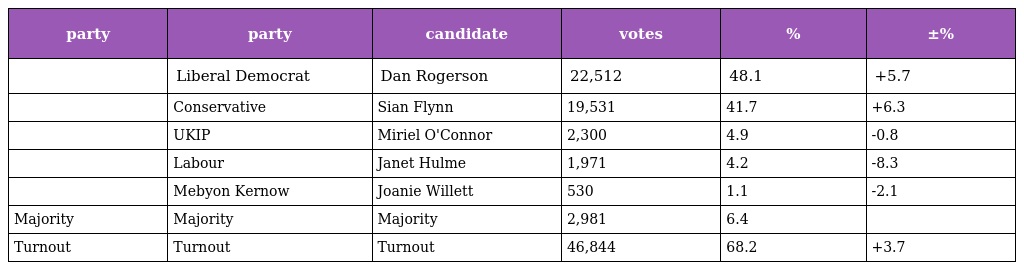
| party | party | candidate | votes | % | ±% |
 | --- | --- | --- | --- | --- | --- |
 |  | Liberal Democrat | Dan Rogerson | 22,512 | 48.1 | +5.7 |
 |  | Conservative | Sian Flynn | 19,531 | 41.7 | +6.3 |
 |  | UKIP | Miriel O'Connor | 2,300 | 4.9 | -0.8 |
 |  | Labour | Janet Hulme | 1,971 | 4.2 | -8.3 |
 |  | Mebyon Kernow | Joanie Willett | 530 | 1.1 | -2.1 |
 | Majority | Majority | Majority | 2,981 | 6.4 |  |
 | Turnout | Turnout | Turnout | 46,844 | 68.2 | +3.7 |